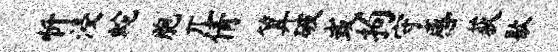
忻浸蛇胞兀倩算破或拘守感荻歇